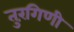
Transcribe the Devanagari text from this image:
तुरंगिणी